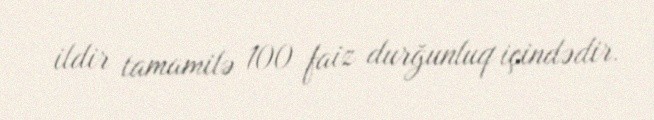
ildir tamamilə 100 faiz durğunluq içindədir.